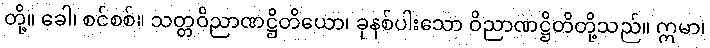
တို့။ ခေါ၊ စင်စစ်။ သတ္တဝိညာဏဋ္ဌိတိယော၊ ခုနစ်ပါးသော ဝိညာဏဋ္ဌိတိတို့သည်။ ဣမာ၊